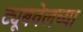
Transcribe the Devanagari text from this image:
ट्यूबवेलच्या